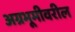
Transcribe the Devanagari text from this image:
अग्रभूमीवरील